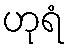
ဟုရံ